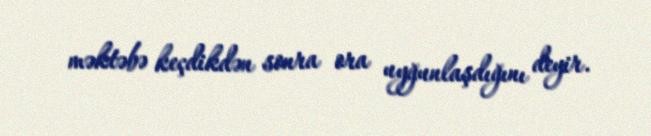
məktəbə keçdikdən sonra ora uyğunlaşdığını deyir.